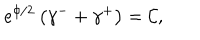
LaTeX: e ^ { \phi / 2 } \left( \gamma ^ { - } + \gamma ^ { + } \right) = \mathcal { C } ,